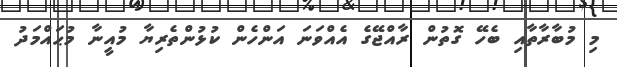
މި މުބާރާތާއި ބެހޭ ގޮތުން ރާއްޖޭގެ އެއްވަނަ އަންހެން ކުޅުންތެރިޔާ މުއީނާ މުޙައްމަދު